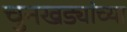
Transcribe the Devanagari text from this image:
चुनखड्यांच्या